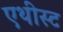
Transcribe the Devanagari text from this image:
एथीस्ट